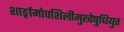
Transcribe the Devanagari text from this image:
शार्ङ्गामोघशिलीमुखेषुधियुत